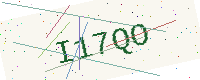
Text: I17QO